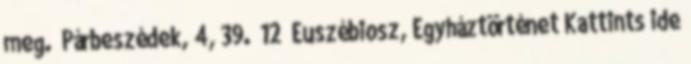
meg.” Párbeszédek, 4, 39. 12 Euszébiosz, Egyháztörténet Kattints ide